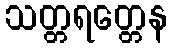
သတ္တရတ္တေန